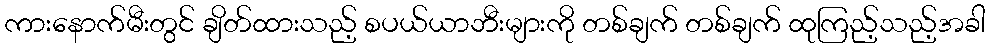
ကားနောက်မီးတွင် ချိတ်ထားသည့် စပယ်ယာဘီးများကို တစ်ချက် တစ်ချက် ထုကြည့်သည့်အခါ